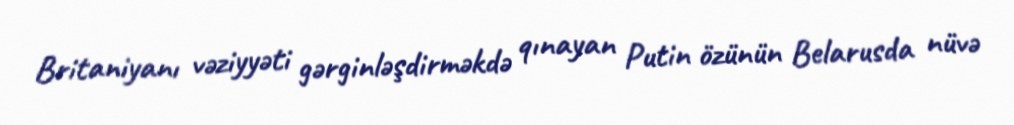
Britaniyanı vəziyyəti gərginləşdirməkdə qınayan Putin özünün Belarusda nüvə